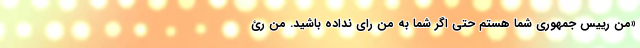
«من رییس جمهوری شما هستم حتی اگر شما به من رای نداده باشید. من رئ